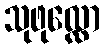
သုဖုလ္လော